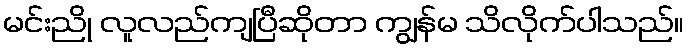
မင်းညို လူလည်ကျပြီဆိုတာ ကျွန်မ သိလိုက်ပါသည်။